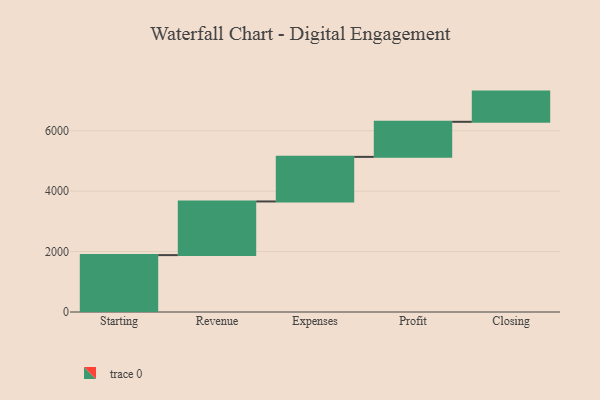
{"axis": {"x": "Step", "y": "Value"}, "legend": [""], "data": [{"x": "Starting", "y": 1884.0, "type": ""}, {"x": "Revenue", "y": 1776.0, "type": ""}, {"x": "Expenses", "y": 1476.0, "type": ""}, {"x": "Profit", "y": 1161.0, "type": ""}, {"x": "Closing", "y": 1000, "type": ""}]}